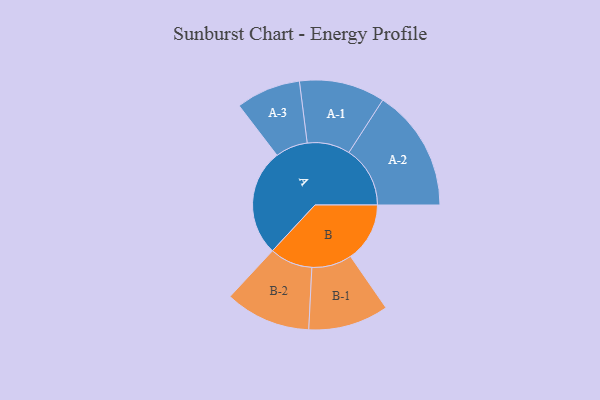
{"axis": {"x": "Segment", "y": "Value"}, "legend": ["", "A", "B"], "data": [{"x": "A", "y": 436, "type": ""}, {"x": "B", "y": 242, "type": ""}, {"x": "A-1", "y": 175, "type": "A"}, {"x": "A-2", "y": 250, "type": "A"}, {"x": "A-3", "y": 132, "type": "A"}, {"x": "B-1", "y": 164, "type": "B"}, {"x": "B-2", "y": 175, "type": "B"}]}